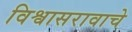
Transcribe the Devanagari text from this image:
विश्वासरावाचे